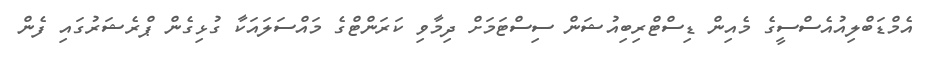
އެމްޑަބްލިއުއެސްސީގެ މެއިން ޑިސްޓްރިބިއުޝަން ސިސްޓަމަށް ދިމާވި ކަރަންޓްގެ މައްސަލައަކާ ގުޅިގެން ޕްރެޝަރުގައި ފެން